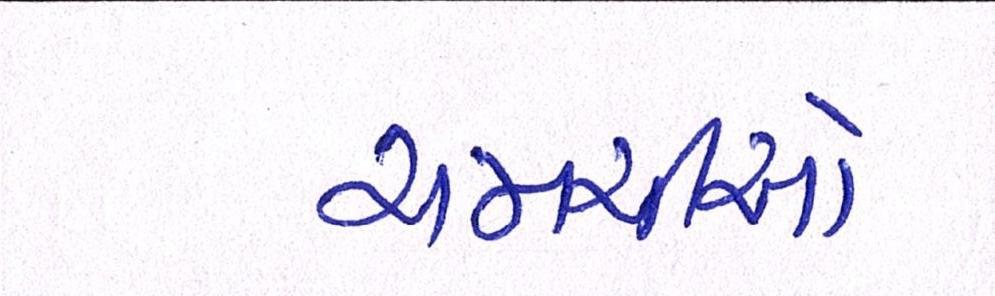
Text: ચમચીઓ